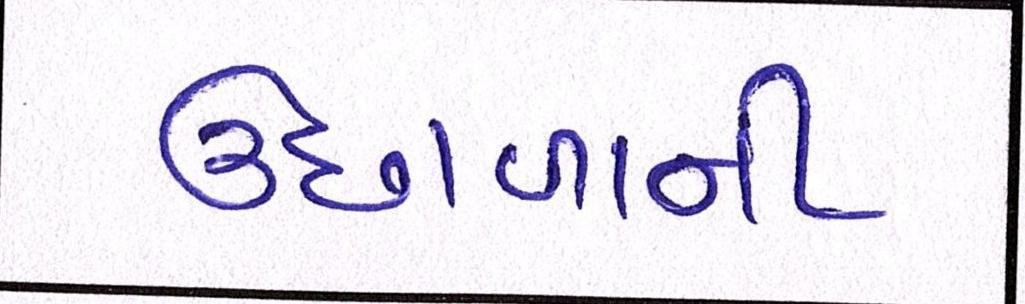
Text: ઉછાળાની